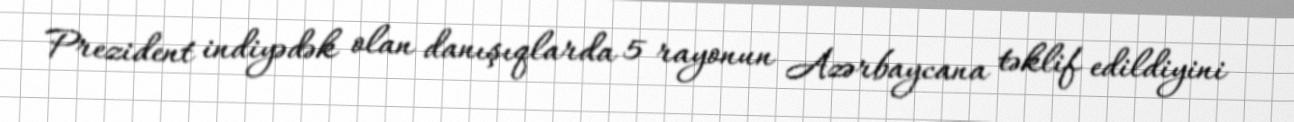
Prezident indiyədək olan danışıqlarda 5 rayonun Azərbaycana təklif edildiyini